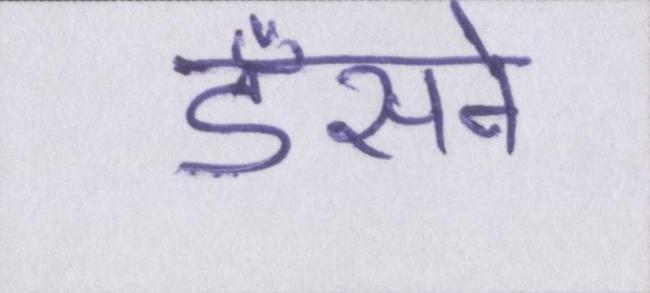
डँसने